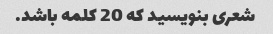
شعری بنویسید که 20 کلمه باشد.